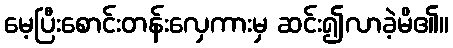
မေ့ပြီးစောင်းတန်းလှေကားမှ ဆင်း၍လာခဲ့မိ၏။